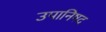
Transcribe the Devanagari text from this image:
उपानिषद